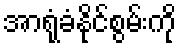
အာရုံခံနိုင်စွမ်းကို